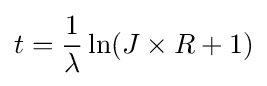
t={\frac {1}{\lambda }}\ln(J\times R+1)